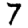
Digit: 7